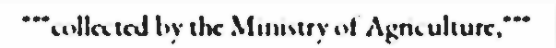
"""collected by the Ministry of Agriculture,"""